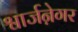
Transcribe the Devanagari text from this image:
श्वार्जने़गर